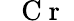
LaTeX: \mathrm{~\textit~{~C~r~}~}